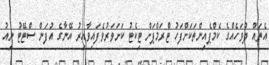
އެތައް ދުވަހެއްގެ ކެމްޕެއިންތަކަށްފަހު ޓްރަމްޕަށް ޓިކެޓު ކަށަވަރުވެފައިވާއިރު އޭނާގެ އުފަން ސްޓޭޓު ނިއު